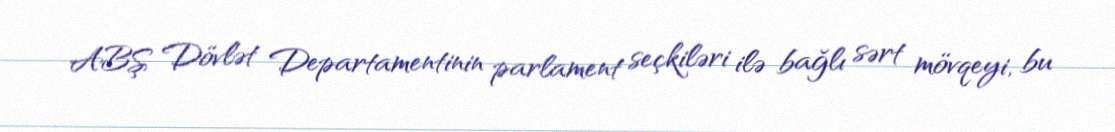
ABŞ Dövlət Departamentinin parlament seçkiləri ilə bağlı sərt mövqeyi, bu